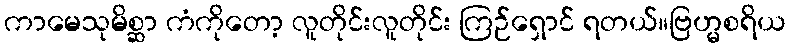
ကာမေသုမိစ္ဆာ ကံကိုတော့ လူတိုင်းလူတိုင်း ကြဉ်ရှောင် ရတယ်။ဗြဟ္မစရိယ